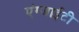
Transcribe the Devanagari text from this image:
एंग्जाईटी